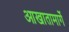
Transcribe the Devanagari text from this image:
आखातामार्गे